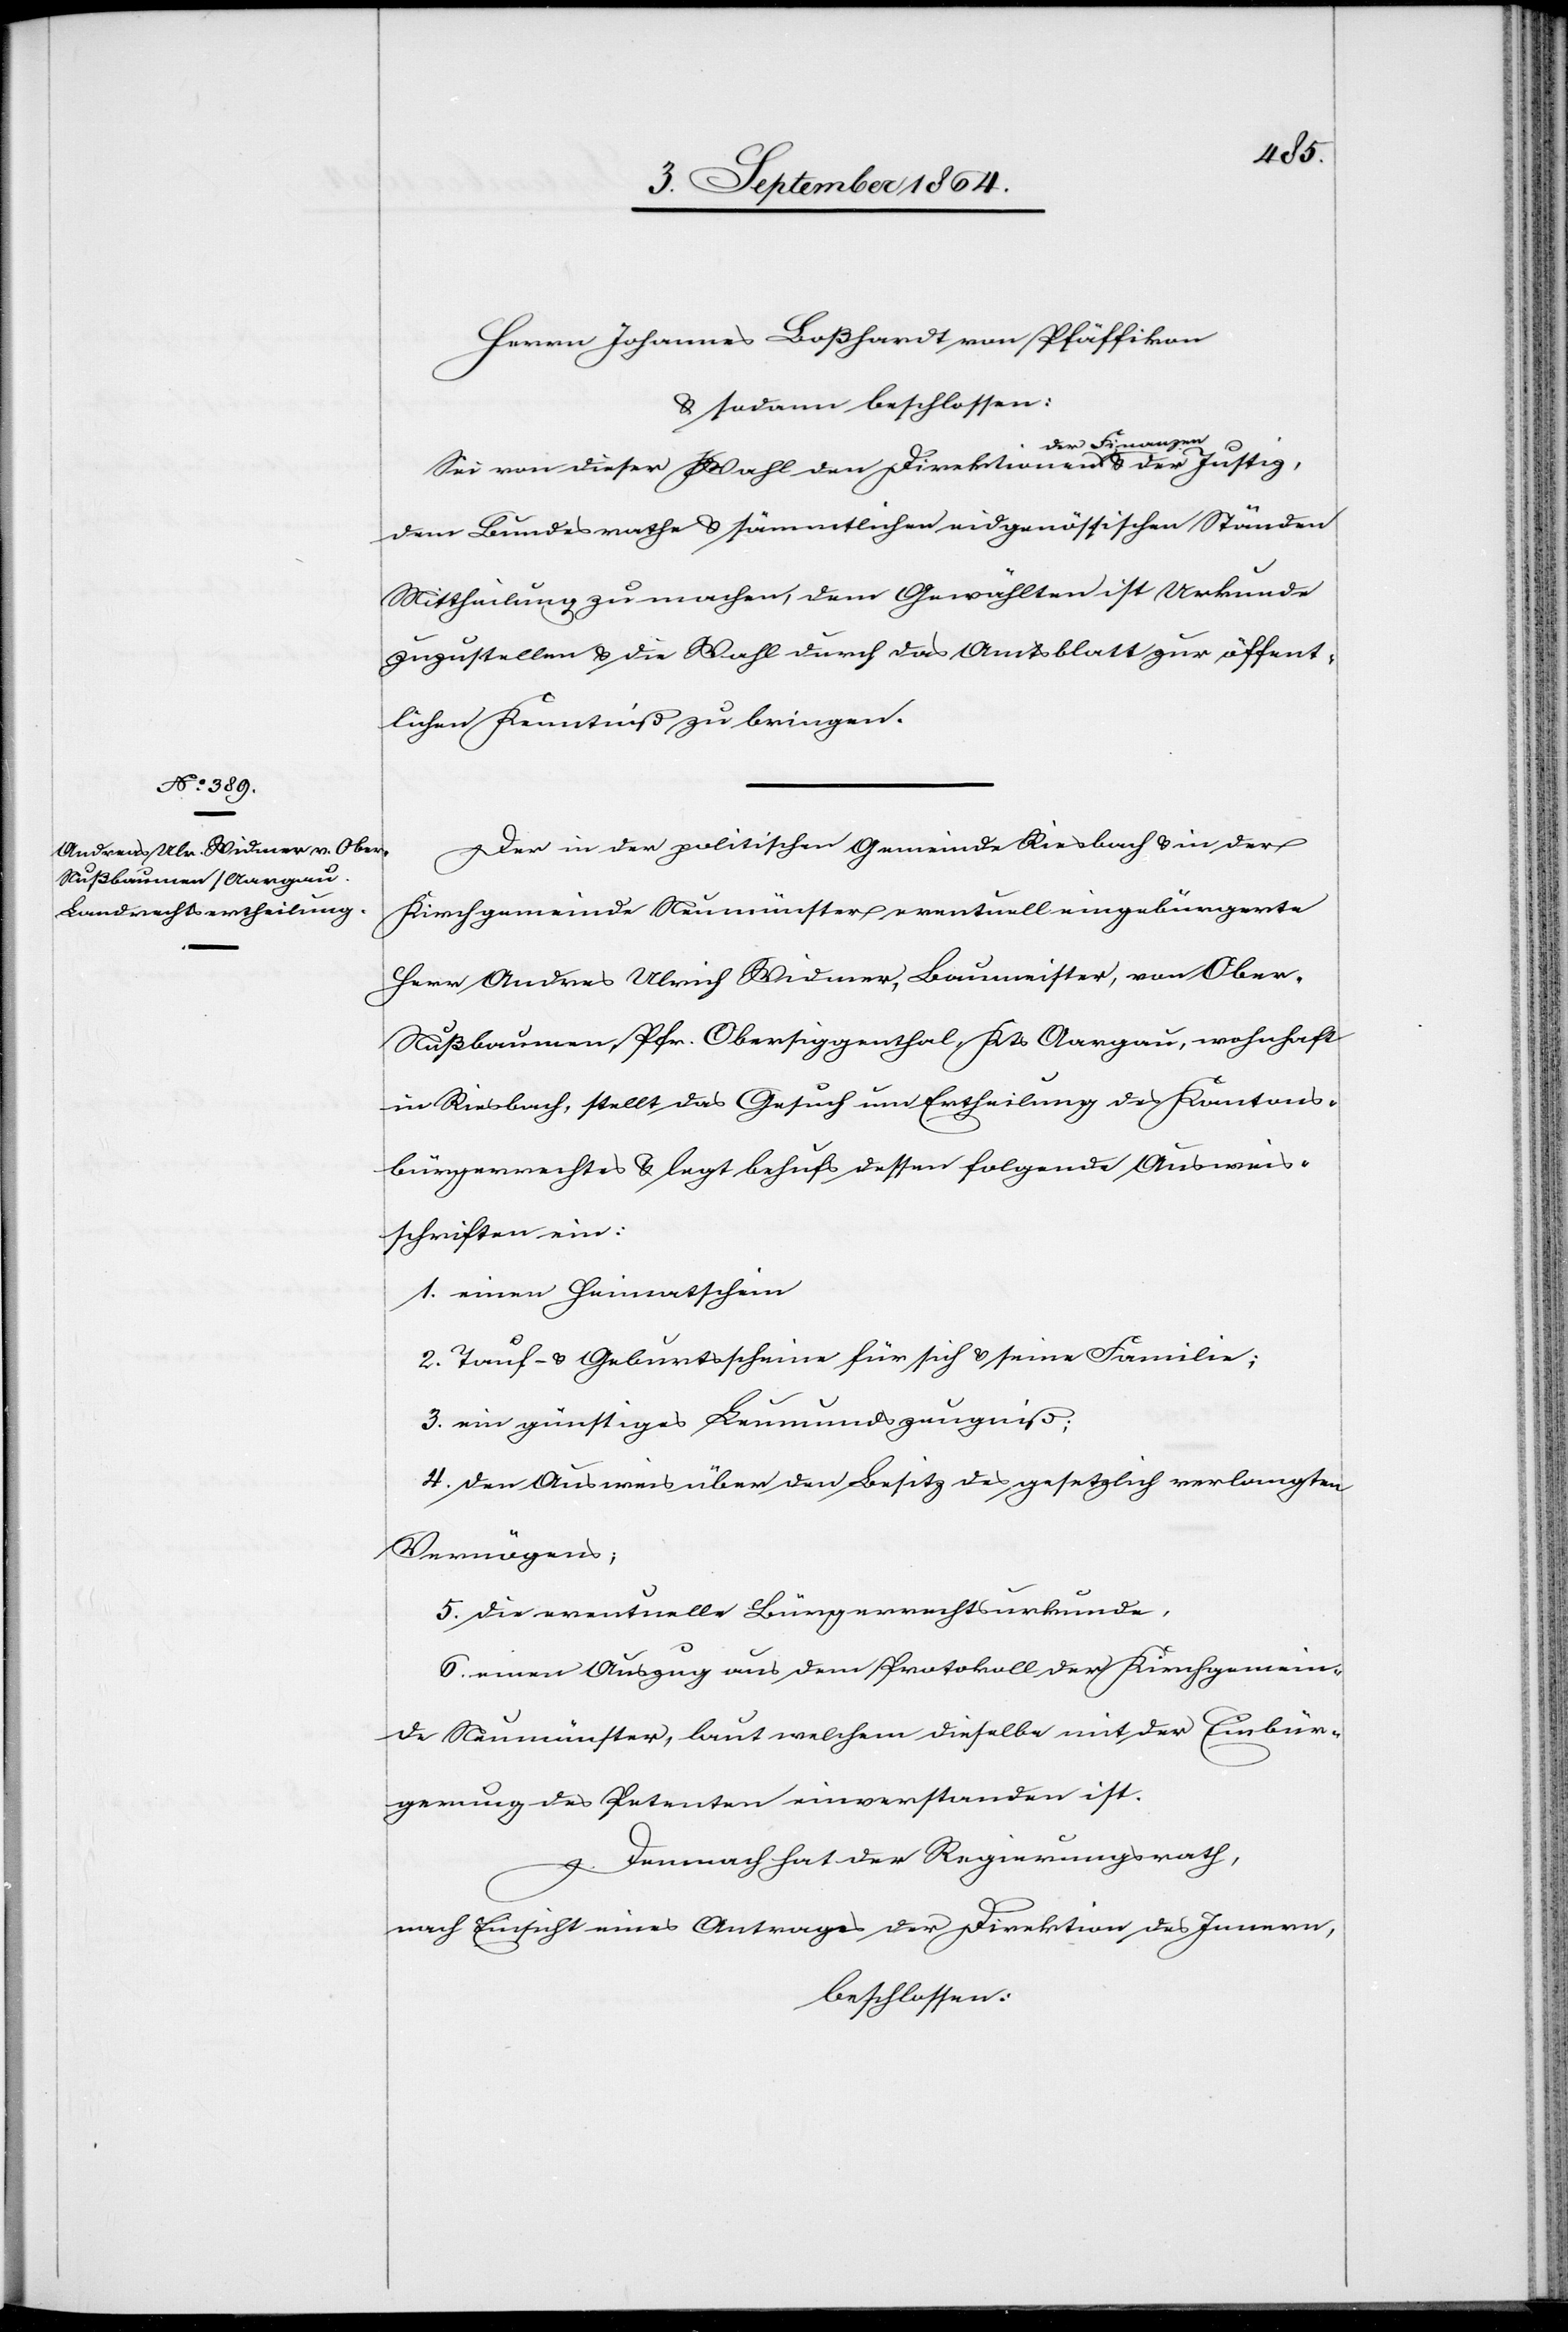
Herrn Johannes Boßhardt [sic!] von Pfäffikon
& sodann beschlossen:
nanzen
der
Sei von dieser Wahl den Direktionen der Fi¬
dem Bundesrathe & sämmtlichen eidgenössischen Ständen
Mittheilung zu machen, dem Gewählten ist Urkunde
zuzustellen & die Wahl durch das Amtsblatt zur öffent¬
lichen Kenntniß zu bringen.
Der in der politischen Gemeinde Riesbach & in der
Kirchgemeinde Neumünster eventuell eingebürgerte
Herr Andreas Ulrich Widmer, Baumeister, von Obe¬
r-Nußbaumen, Pfr. Obersiggenthal, Kts. Aargau, wohnhaft
in Riesbach, stellt das Gesuch um Ertheilung des Kantons¬
bürgerrechtes & legt behufs dessen folgende Ausweis¬
schriften ein:
1. einen Heimatschein
2. Tauf- & Geburtsschein für sich & seine Familie;
3. ein günstiges Leumundszeugniß;
4. den Ausweis über den Besitz des gesetzlich verlangten
Vermögens,
5. die eventuelle Bürgerrechtsurkunde,
6. einen Auszug aus dem Protokoll der Kirchgemein¬
de Neumünster, laut welchem dieselbe mit der Einbür¬
gerung des Petenten einverstanden ist.
Demnach hat der Regierungsrath,
nach Einsicht eines Antrages der Direktion des Innern,
beschlossen: